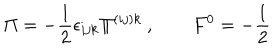
\Pi = - \frac { 1 } { 2 } \epsilon _ { i j k } \Pi ^ { ( i j ) k } \ , \qquad F ^ { 0 } = - \frac { 1 } { 2 }